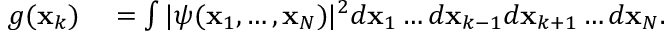
\begin{array} { r l } { g ( \mathbf { x } _ { k } ) } & { { } = \int | \psi ( \mathbf { x } _ { 1 } , \ldots , \mathbf { x } _ { N } ) | ^ { 2 } d \mathbf { x } _ { 1 } \ldots { } d \mathbf { x } _ { k - 1 } d \mathbf { x } _ { k + 1 } \ldots { } d \mathbf { x } _ { N } . } \end{array}